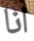
انا